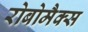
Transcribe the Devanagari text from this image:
रोबोमैक्स